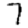
Digit: 7